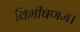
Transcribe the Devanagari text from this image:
विभीषणम।